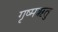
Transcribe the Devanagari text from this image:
गृष्‍मऋतु